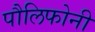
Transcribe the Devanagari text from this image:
पौलिफोनी